Leaving Certificate Examination, 1925
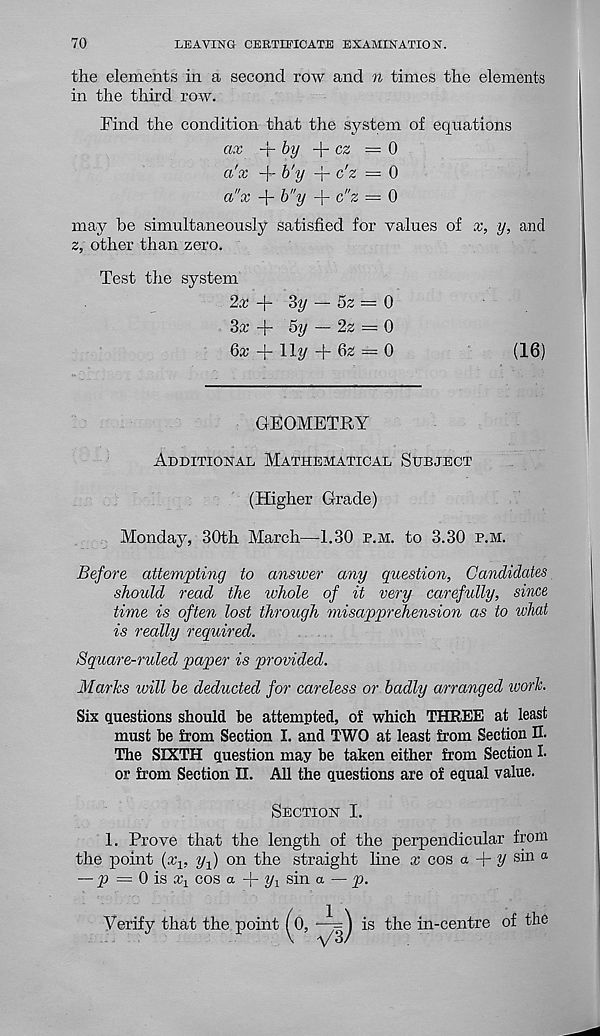
70
LEAVING CERTIFICATE EXAMINATION.
the elements in a second row and n times the elements
in the third row.
Find the condition that the system of equations
ax -irby
cz =0
a'x -f- b'y -j- c'z = 0
a"x
b"y + d'z = 0
may be simultaneously satisfied for values of x, y, and
z, other than zero.
Test the system
2x + 3?/ — 5z = 0
3x + 5y — 2z = 0
6x + 11^/ +
= 0
(16)
GEOMETRY
Additional Mathematical Subject
(Higher Grade)
Monday, 30th March—1.30 p.m. to 3.30 p.m.
Before attempting to answer any question, Candidates
should read the whole of it very carefully, since
time is often lost through misapprehension as to what
is really required.
Square-ruled paper is provided.
Marks will be deducted for careless or badly arranged ivork.
Six Questions should he attempted, of which THREE at least
must he from Section I. and TWO at least from Section II.
The SIXTH question may he taken either from Section I.
or from Section II. All the questions are of equal value.
Section I.
1. Prove that the length of the perpendicular from
the point (ay, yf) on the straight line x cos a
y sin a
— p = 0 is aq cos a + 2/i sin a — p.
Verify that the point (o, —is the in-centre of the
\ yS/